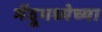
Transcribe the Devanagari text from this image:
मेंदूमध्येच्या